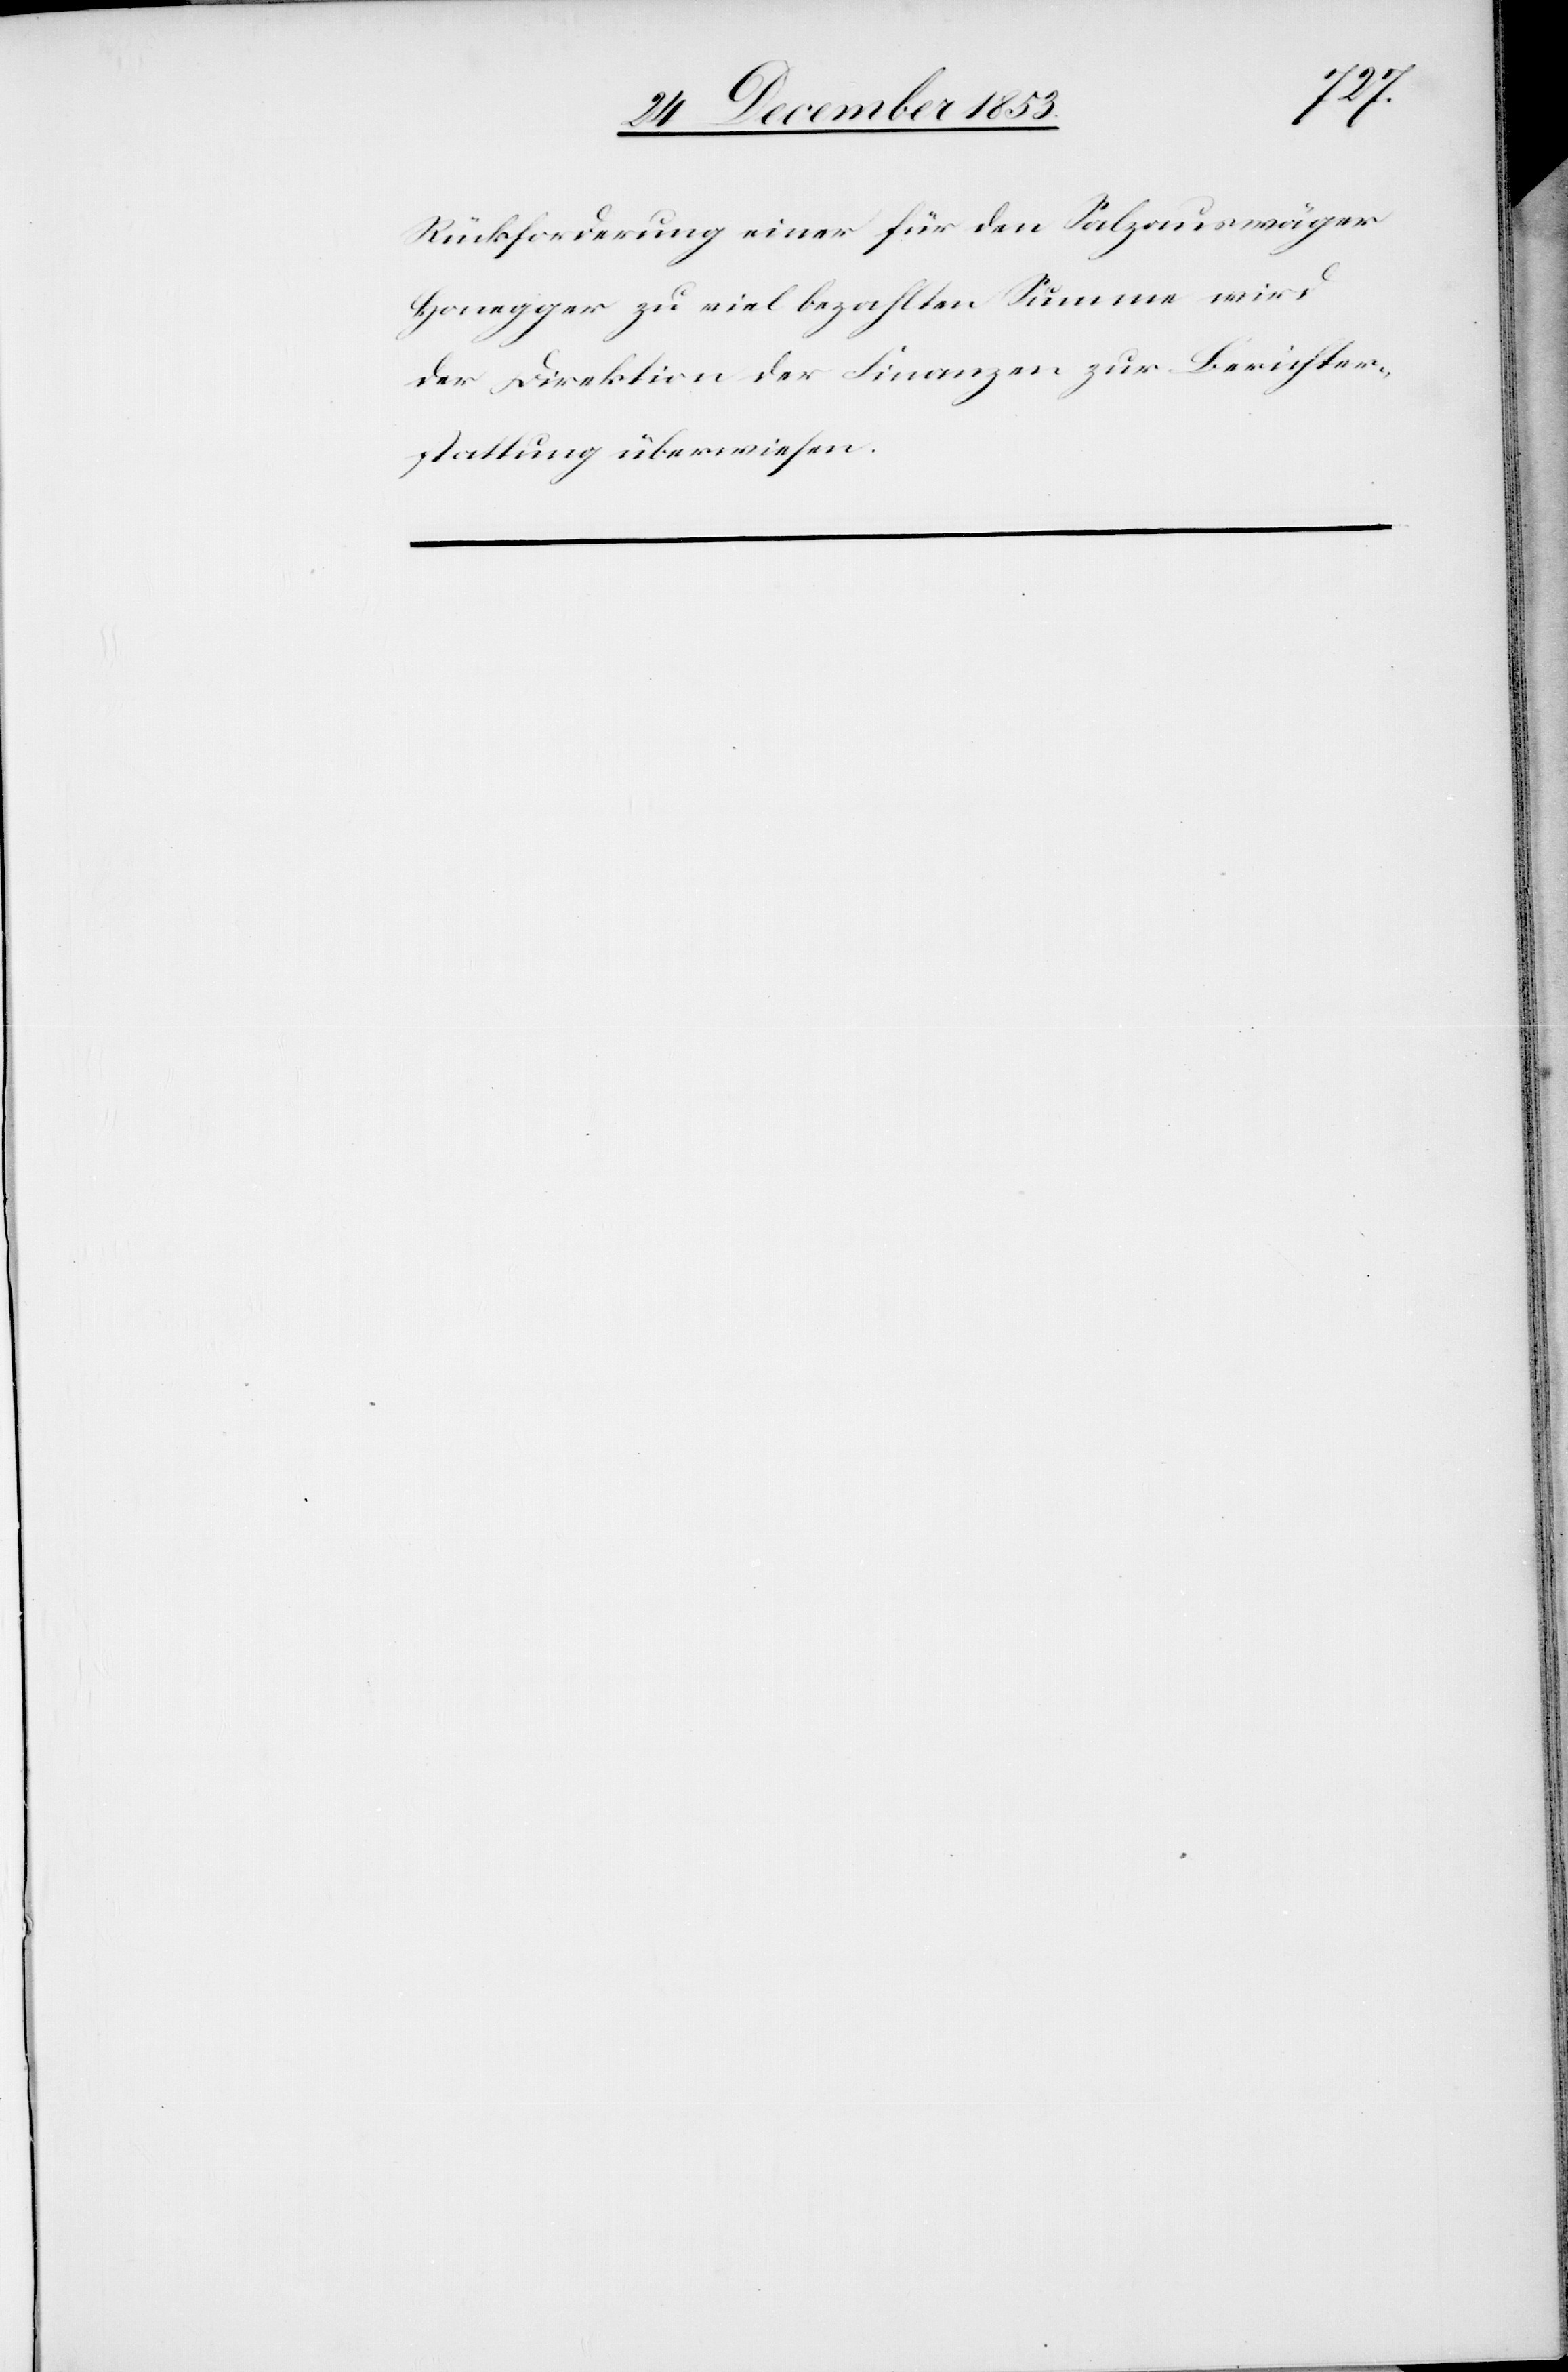
Rückforderung einer für den Salzauswäger
Honegger zu viel bezahlten Summe wird
der Direktion der Finanzen zur Berichter¬
stattung überwiesen.